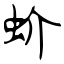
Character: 蚧